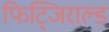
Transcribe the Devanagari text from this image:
फिट्जिराल्ड